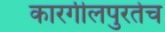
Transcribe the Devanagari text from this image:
कारगीलपुरतेच